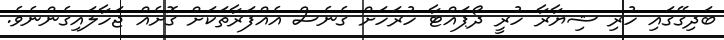
ބަދިގޭގައި ހުރި ޝިޔާރާ ހުރީ ދޯޕައްޓާ ހުރަހަށް ގެނެސް އެއްފަރާތަކަށް ގޮށެއް ޖަހާލައިގެންނެވެ.